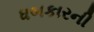
ધબકારની